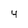
Character: 4